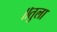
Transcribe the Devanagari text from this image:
॥तुला